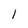
Character: l